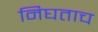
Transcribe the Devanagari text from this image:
निघताच